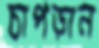
চাপড়ান